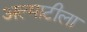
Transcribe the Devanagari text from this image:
अल्माटीला